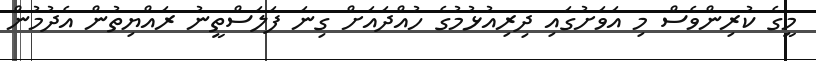
މީގެ ކުރިންވެސް މި އަވަށުގައި ދިރިއުޅުމުގެ ހުއްދައަށް ގިނަ ފަލަސްތީނު ރައްޔިތުން އެދުމުން